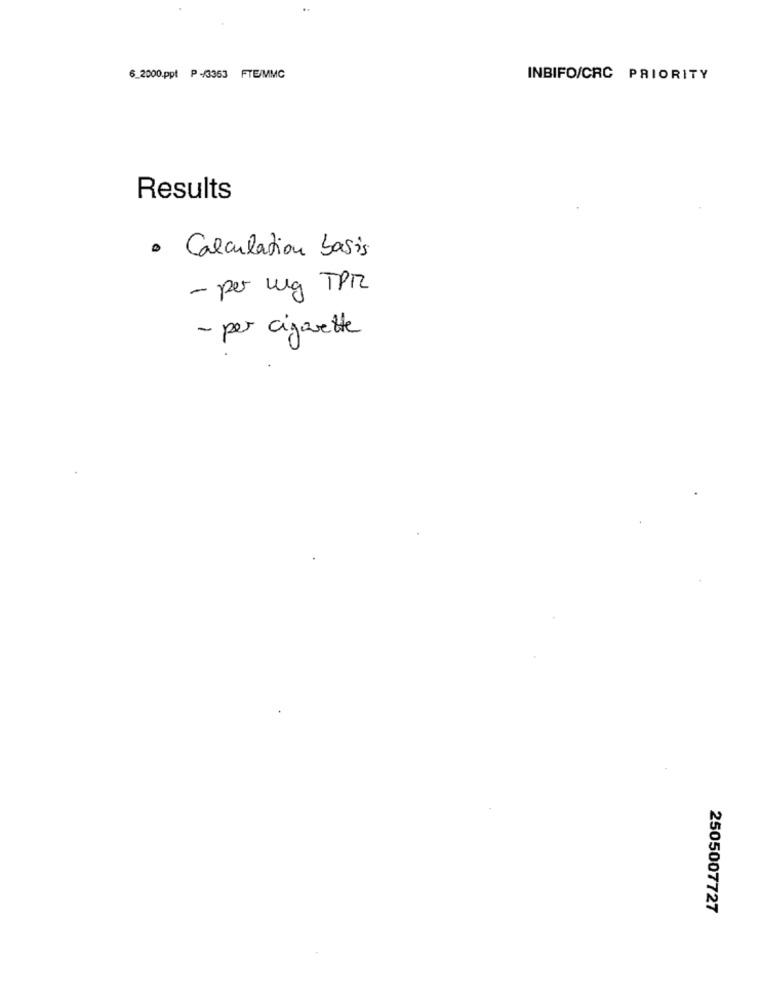
6_2000.ppt P +/3353 FTE/MMC
INBIFO/CRC PRIORITY
Results
· Calculation basis
- per mg TPM
- per cigarette
2505007727